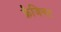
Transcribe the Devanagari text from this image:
फ्रैजिनट